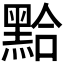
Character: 𪑇